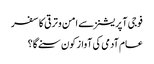
فوجی آپریشنز سے امن و ترقی کا سفر
عام آدمی کی آواز کون سنے گا؟